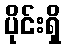
ပိုင်းရှိ